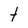
Character: t